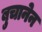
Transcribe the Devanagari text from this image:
बुचानेन